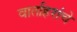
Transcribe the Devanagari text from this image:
वार्ताहरांचे